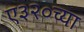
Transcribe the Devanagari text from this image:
ए३२०च्या